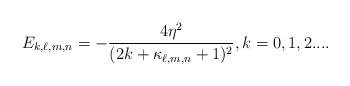
\begin{align*}E_{k,\ell,m,n}=-\frac{4 \eta^2}{(2k+\kappa _{\ell,m,n}+1)^2} ,k=0,1,2.... \end{align*}